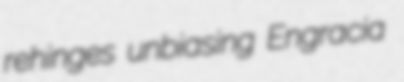
rehinges unbiasing Engracia